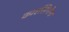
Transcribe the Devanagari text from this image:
कारसिनोमा